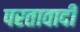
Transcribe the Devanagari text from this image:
परतावादी